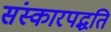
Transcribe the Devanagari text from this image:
संस्कारपद्धति